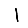
Digit: 1